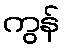
ကွန်